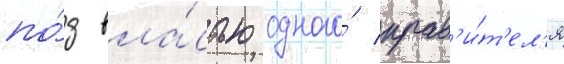
по́д вла́стью одного́ прав'и́т'ел'я